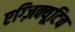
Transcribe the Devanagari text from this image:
एग्ज़िक्यूटिव